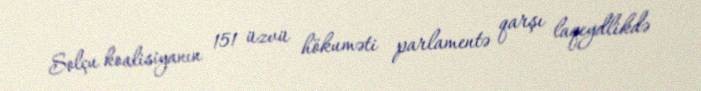
Solçu koalisiyanın 151 üzvü hökuməti parlamentə qarşı laqeydlikdə